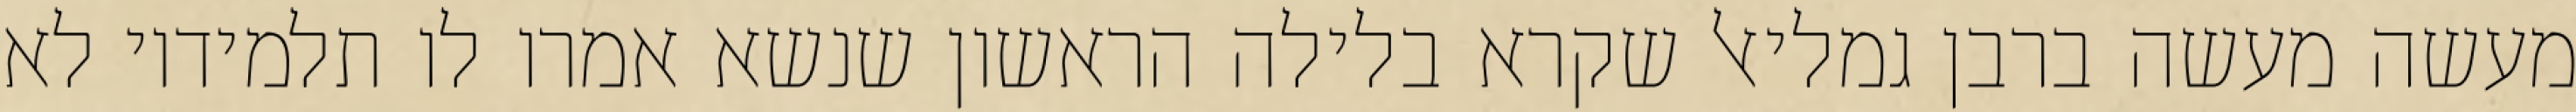
מעשה מעשה ברבן גמליאל שקרא בלילה הראשון שנשא אמרו לו תלמידיו לא